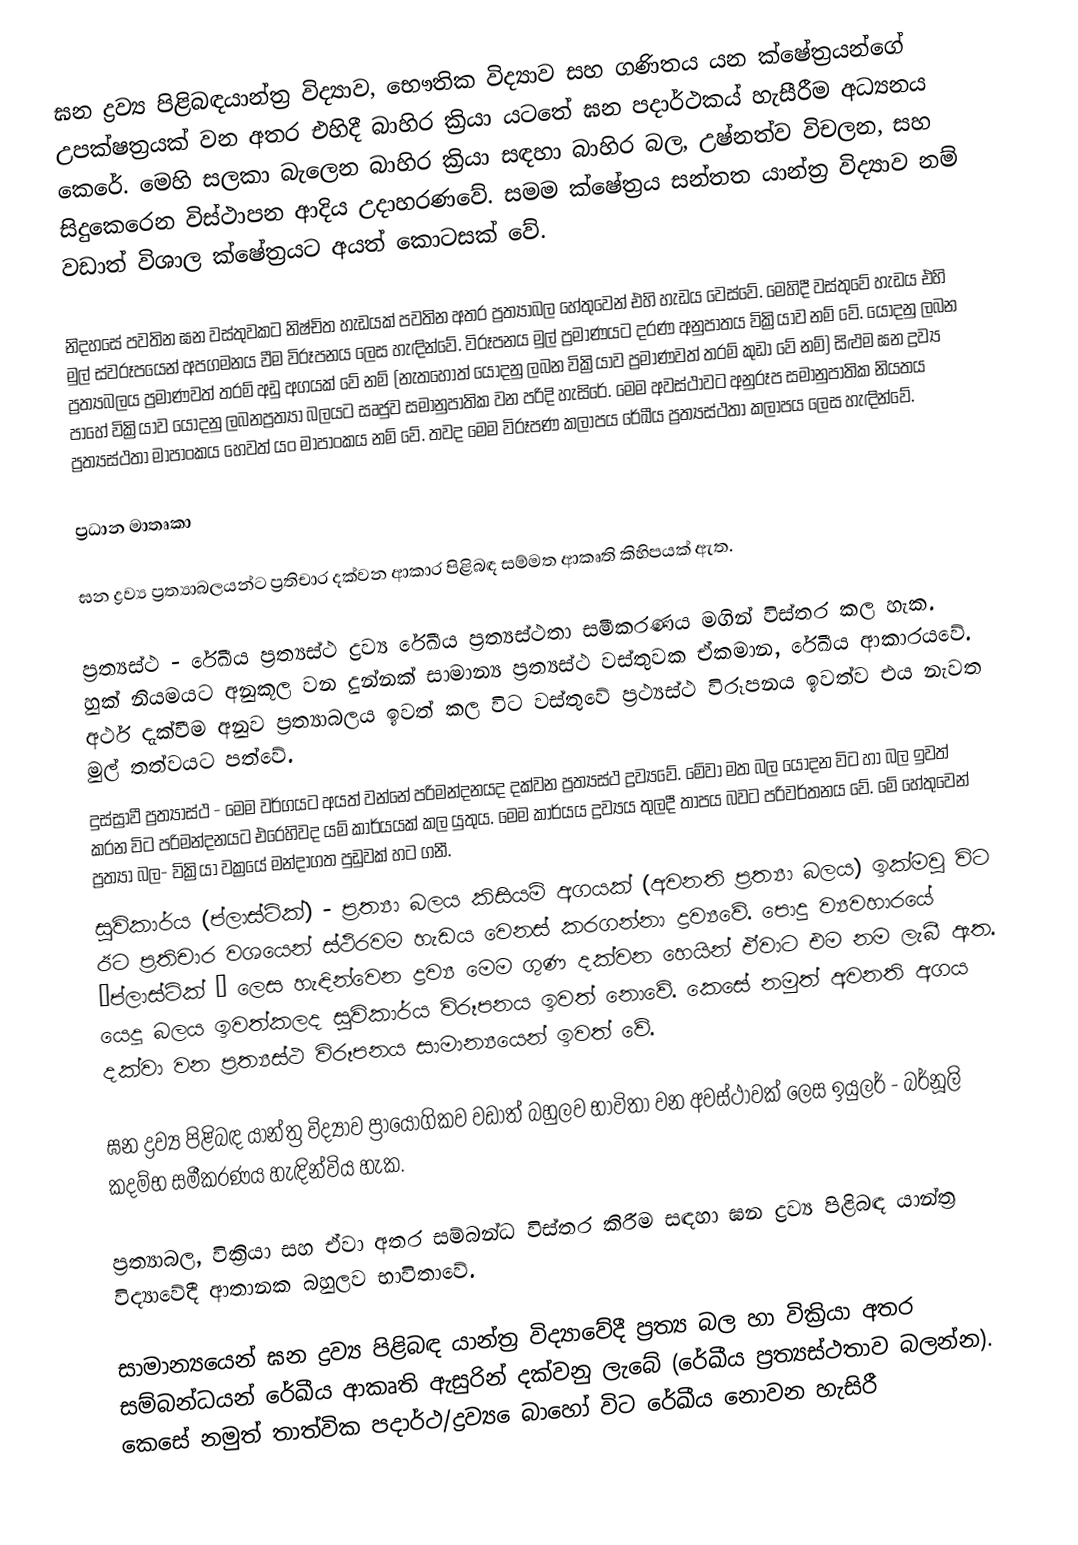
ඝන ද්‍රව්‍ය පිළිබඳයාන්ත්‍ර විද්‍යාව, භෞතික විද්‍යාව සහ ගණිතය යන ක්ෂේත්‍රයන්ගේ උපක්ෂත්‍රයක් වන අතර එහිදී බාහිර ක්‍රියා යටතේ ඝන පදාර්ථකය් හැසීරීම අධ්‍යනය කෙරේ. මෙහි සලකා බැලෙන බාහිර ක්‍රියා සඳහා බාහිර බල, උෂ්නත්ව විචලන, සහ සිදුකෙරෙන විස්ථාපන ආදිය උදාහරණවේ. සමම ක්ෂේත්‍රය සන්තත යාන්ත්‍ර විද්‍යාව නම් වඩාත් විශාල ක්ෂේත්‍රයට අයත් කොටසක් වේ.

නිදහසේ පවතින ඝන වස්තුවකට නිෂ්චිත හැඩයක් පවතින අතර ප්‍රත්‍යාබල හේතුවෙන් එහි හැඩය වෙස්වේ. මෙහිදී වස්තුවේ හැඩය එහි මුල් ස්වරූපයෙන් අපගමනය වීම විරූපනය ලෙස හැඳින්වේ. විරූපනය මුල් ප්‍රමාණයට දරණ අනුපාතය වික්‍රියාව නම් වේ. යොදනු ලබන ප්‍රත්‍යබලය ප්‍රමාණවත් තරම් අඩු අගයක් වේ නම් (නැතහොත් යොදනු ලබන වික්‍රියාව ප්‍රමාණවත් තරම් කුඩා වේ නම්) සිළුම ඝන ද්‍රව්‍ය පාහේ වික්‍රියාව  යොදනු ලබනප්‍රත්‍යා බලයට සෘජුව සමානුපාතික වන පරිදි හැසිරේ. මෙම අවස්ථාවට අනුරූප සමානුපාතික නියතය ප්‍රත්‍යස්ථතා මාපාංකය හෙවත් යං මාපාංකය නම් වේ. තවද මෙම විරූපණ කලාපය රේඛීය ප්‍රත්‍යස්ථතා කලාපය ලෙස හැඳින්වේ.

ප්‍රධාන මාතෘකා

ඝන ද්‍රව්‍ය ප්‍රත්‍යාබලයන්ට ප්‍රතිචාර දක්වන ආකාර පිළිබඳ සම්මත ආකෘති කිහිපයක් ඇත.

ප්‍රත්‍යස්ථ - රේඛීය ප්‍රත්‍යස්ථ ද්‍රව්‍ය රේඛීය ප්‍රත්‍යස්ථතා සමීකරණය මගින් විස්තර කල හැක. හුක් නියමයට අනුකූල වන දුන්නක් සාමාන්‍ය ප්‍රත්‍යස්ථ වස්තුවක ඒකමාන, රේඛීය ආකාරයවේ. අර්ථ දැක්වීම අනුව ප්‍රත්‍යාබලය ඉවත් කල විට වස්තුවේ ප්‍රථ්‍යස්ථ විරූපනය ඉවත්ව එය නැවත මුල් තත්වයට පත්වේ.
දුස්ස්‍රාවී ප්‍රත්‍යාස්ථ - මෙම වර්ගයට අයත් වන්නේ පරිමන්දනයද දක්වන ප්‍රත්‍යස්ථ ද්‍රව්‍යවේ. මේවා මත බල යොදන විට හා බල ඉවත් කරන විට පරිමන්දනයට එරෙහිවද යම් කාර්යයක් කල යුතුය. මෙම කාර්යය ද්‍රව්‍යය තුලදී තාපය බවට පරිවර්තනය වේ. මේ හේතුවෙන් ප්‍රත්‍යා බල- වික්‍රියා වක්‍රයේ මන්දාගත පුඩුවක් හට ගනී.
සුවිකාර්ය (ප්ලාස්ටික්) - ප්‍රත්‍යා බලය කිසියම් අගයක් (අවනති ප්‍රත්‍යා බලය) ඉක්මවූ විට ඊට ප්‍රතිචාර වශයෙන් ස්ථිරවම හැඩය වෙනස් කරගන්නා ද්‍රව්‍යවේ. පොදු ව්‍යවහාරයේ “ප්ලාස්ටික් “ ලෙස හැඳින්වෙන ද්‍රව්‍ය මෙම ගුණ දක්වන හෙයින් ඒවාට එම නම ලැබී ඇත. යෙදූ බලය ඉවත්කලද සුවිකාර්ය විරූපනය ඉවත් නොවේ. කෙසේ නමුත් අවනති අගය දක්වා වන ප්‍රත්‍යස්ථ විරූපනය සාමාන්‍යයෙන් ඉවත් වේ.

ඝන ද්‍රව්‍ය පිළිබඳ යාන්ත්‍ර විද්‍යාව ප්‍රායෝගිකව වඩාත් බහුලව භාවිතා වන අවස්ථාවක් ලෙස ඉයුලර් - බර්නූලි කදම්භ සමීකරණය හැඳින්විය හැක.

ප්‍රත්‍යාබල, වික්‍රියා සහ ඒවා අතර සම්බන්ධ විස්තර කිරීම සඳහා ඝන ද්‍රව්‍ය පිළිබඳ යාන්ත්‍ර විද්‍යාවේදී ආතානක බහුලව භාවිතාවේ.

සාමාන්‍යයෙන් ඝන ද්‍රව්‍ය පිළිබඳ යාන්ත්‍ර විද්‍යාවේදී ප්‍රත්‍ය බල හා වික්‍රියා අතර සම්බන්ධයන් රේඛීය ආකෘති ඇසුරින් දක්වනු ලැබේ (රේඛීය ප්‍රත්‍යස්ථතාව බලන්න). කෙසේ නමුත් තාත්වික පදාර්ථ/ද්‍රව්‍ය ‍ෙබාහෝ විට රේඛීය නොවන හැසිරී